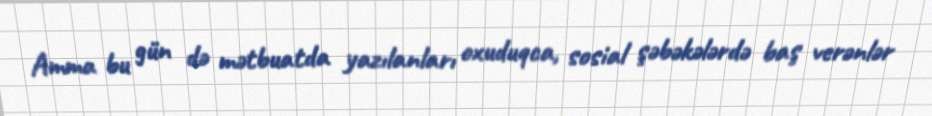
Amma bu gün də mətbuatda yazılanları oxuduqca, sosial şəbəkələrdə baş verənlər